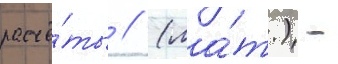
расчё́ты // (ла́т.) -